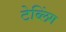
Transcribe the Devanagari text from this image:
टेब्लिंग